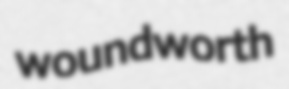
woundworth